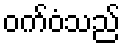
ဝက်ဝံသည်